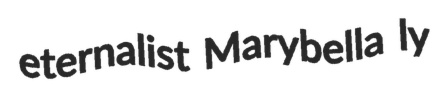
eternalist Marybella ly